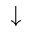
\downarrow